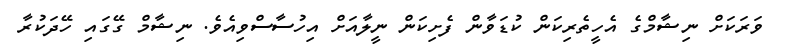
ވަރަކަށް ނިޝާމްގެ އެހީތެރިކަން ކުޑަވާން ފެށިކަން ނީލާއަށް އިހުސާސްވިއެވެ. ނިޝާމް ގޭގައި ހޭދަކުރާ